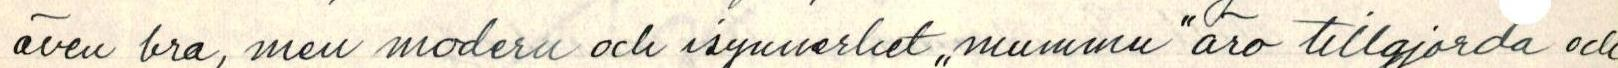
även bra, men modern och isynnerhet ,,mummu" äro tillgjorda och